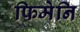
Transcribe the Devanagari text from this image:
फिमेनि